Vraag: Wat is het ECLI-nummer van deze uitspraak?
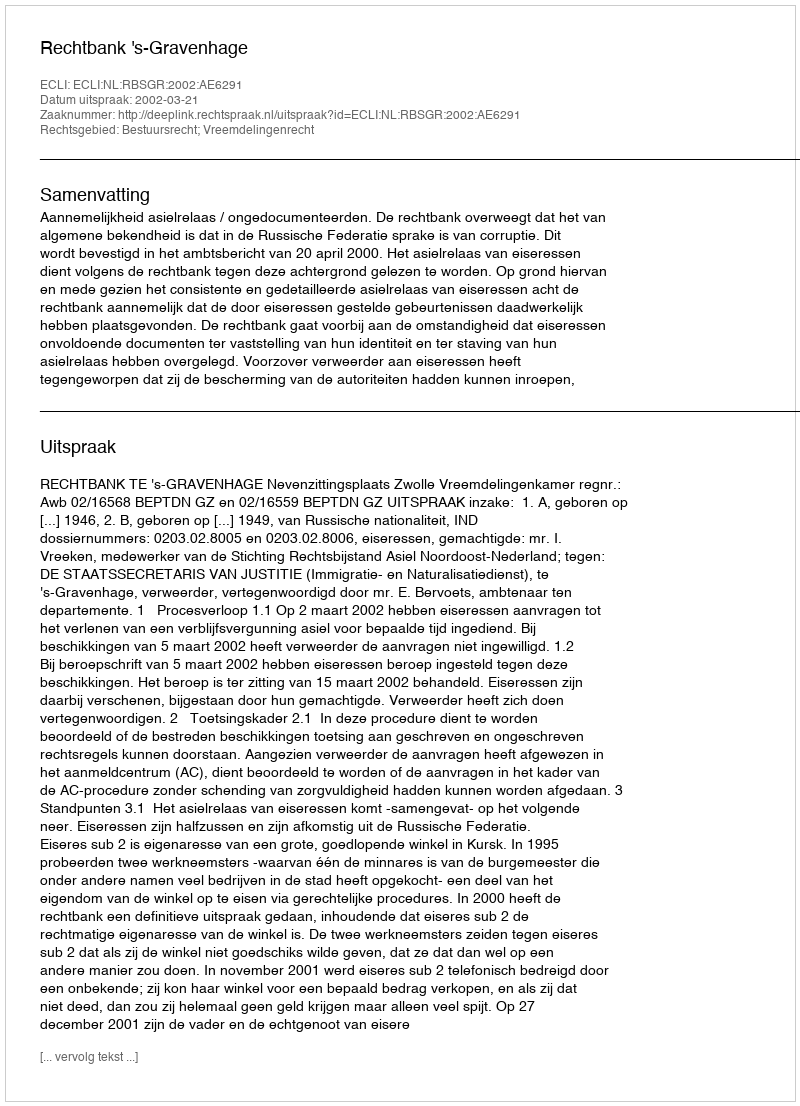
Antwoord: ECLI:NL:RBSGR:2002:AE6291